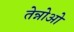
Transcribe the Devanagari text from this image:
तेन्नोओ